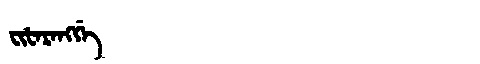
Manchu: ᠸᡳᡶᠠᡵᠠᠩᡤᡝ
Romanization: FIFARANGGE